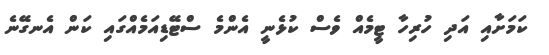
ކަމަށާއި އަދި ހުރިހާ ޓީމެއް ވެސް ކުޅެނީ އެންމެ ސްޓޭޑިއަމެއްގައި ކަން އެނގޭނެ